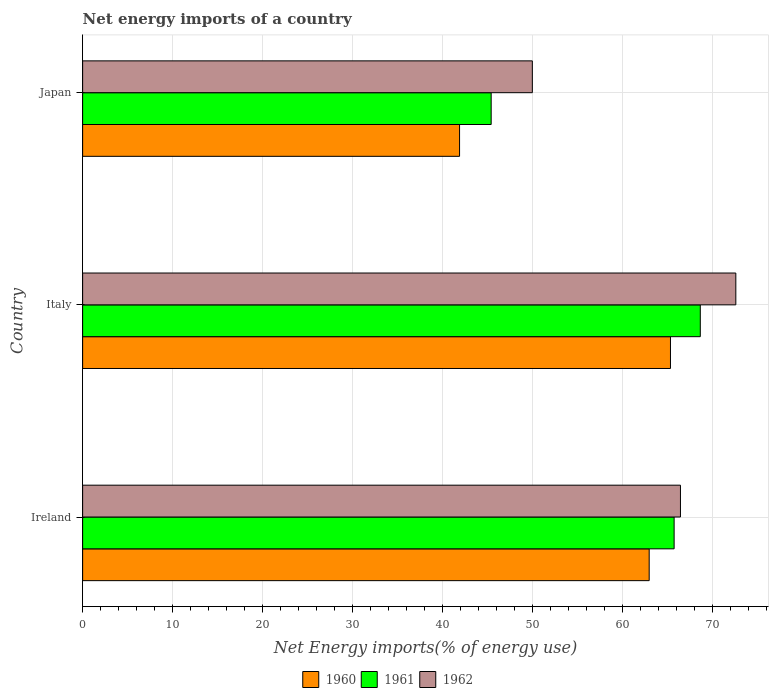
| Country | 1960 | 1961 | 1962 |
 | --- | --- | --- | --- |
 | Ireland | 63 | 65.7 | 66.4 |
 | Italy | 65.3 | 68.6 | 72.6 |
 | Japan | 41.9 | 45.4 | 50 |